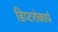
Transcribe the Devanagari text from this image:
डिप्टरोकार्प